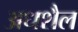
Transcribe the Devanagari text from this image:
अधशैल